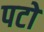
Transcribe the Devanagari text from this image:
पटों